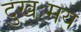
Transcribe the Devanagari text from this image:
दुखःमय